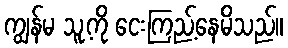
ကျွန်မ သူ့ကို ငေးကြည့်နေမိသည်။